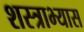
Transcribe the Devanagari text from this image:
शस्त्राभ्यास